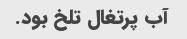
آب پرتغال تلخ بود.